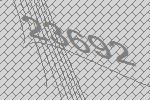
23692